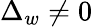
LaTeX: \Delta_{w}\neq 0